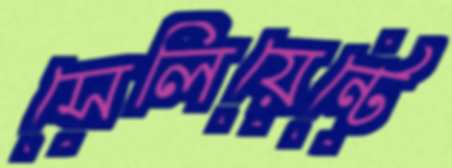
সেলিয়েন্টে